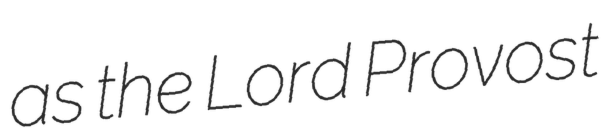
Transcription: as the Lord Provost